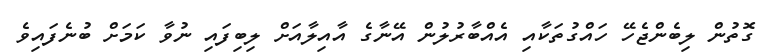
ގޮތުން ލިބެންޖެހޭ ހައްގުތަކާއި އެއްބާރުލުން އޭނާގެ އާއިލާއަށް ލިބިފައި ނުވާ ކަމަށް ބުނެފައިވެ